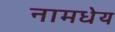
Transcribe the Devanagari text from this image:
नामधेय